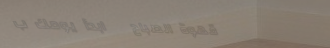
قهوة الصباح   ابدأ يومك ب